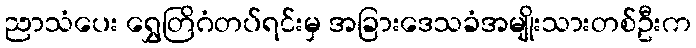
ညာသံပေး ရွှေတြိဂံတပ်ရင်းမှ အခြားဒေသခံအမျိုးသားတစ်ဦးက